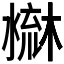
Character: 𣻤